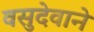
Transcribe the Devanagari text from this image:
वसुदेवाने